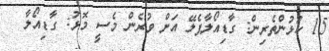
15 ކުޅުންތެރިން: ގާޑިއޯލާޕެލޭ އަށް ވުރެން މެސީ މޮޅު: ގާޑިއޯލާ